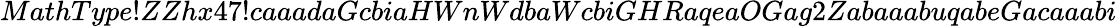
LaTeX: MathType!ZZhx47!caaadaGcbiaHWnWdbaWcbiGHRaqeaOGag2ZabaaabuqabeGacaaabi